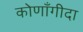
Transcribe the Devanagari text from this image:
कोणाँगीदा